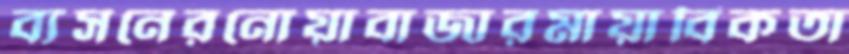
ব্যসনেরনোয়াবাজারমায়াবিকতা